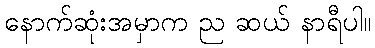
နောက်ဆုံးအမှာက ည ဆယ် နာရီပါ။